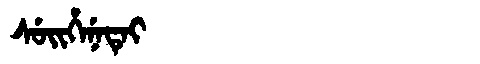
Manchu: ᠰᡠᡳᡥᡝᠨᡝᡨᡝᡳ
Romanization: SUIHENETEI